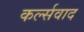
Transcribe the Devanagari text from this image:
कर्ल्सवाद